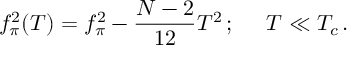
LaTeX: f _ { \pi } ^ { 2 } ( T ) = f _ { \pi } ^ { 2 } - { \frac { N - 2 } { 1 2 } } T ^ { 2 } \, ; \; \; \; \; \; T \ll T _ { c } \, .